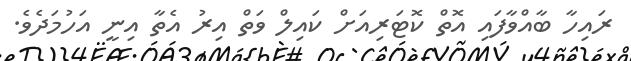
ރައިހާ ބާއްވާފައި އޮތް ކޮޓަރިއަށް ކައިލް ވަތް އިރު އެތާ އިނީ އަހުމަދެވެ.